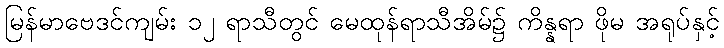
မြန်မာဗေဒင်ကျမ်း ၁၂ ရာသီတွင် မေထုန်ရာသီအိမ်၌ ကိန္နရာ ဖိုမ အရုပ်နှင့်